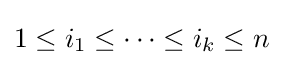
1\leq i_{1}\leq \cdots \leq i_{k}\leq n